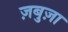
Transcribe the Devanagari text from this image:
ज़बुज़ा